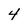
Character: 4